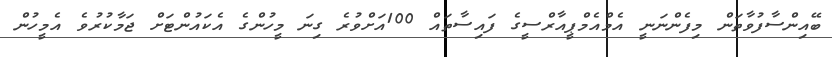
ބޭއިންސާފުވާތަން މިފެންނަނީ އެމްއެމްޕީއާރްސީގެ ފައިސާތައް 100އަށްވުރެ ގިނަ މީހުންގެ އެކައުންޓަށް ޖަމާކުރުވެ އެމީހުން